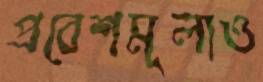
প্রবেশমূল্যও